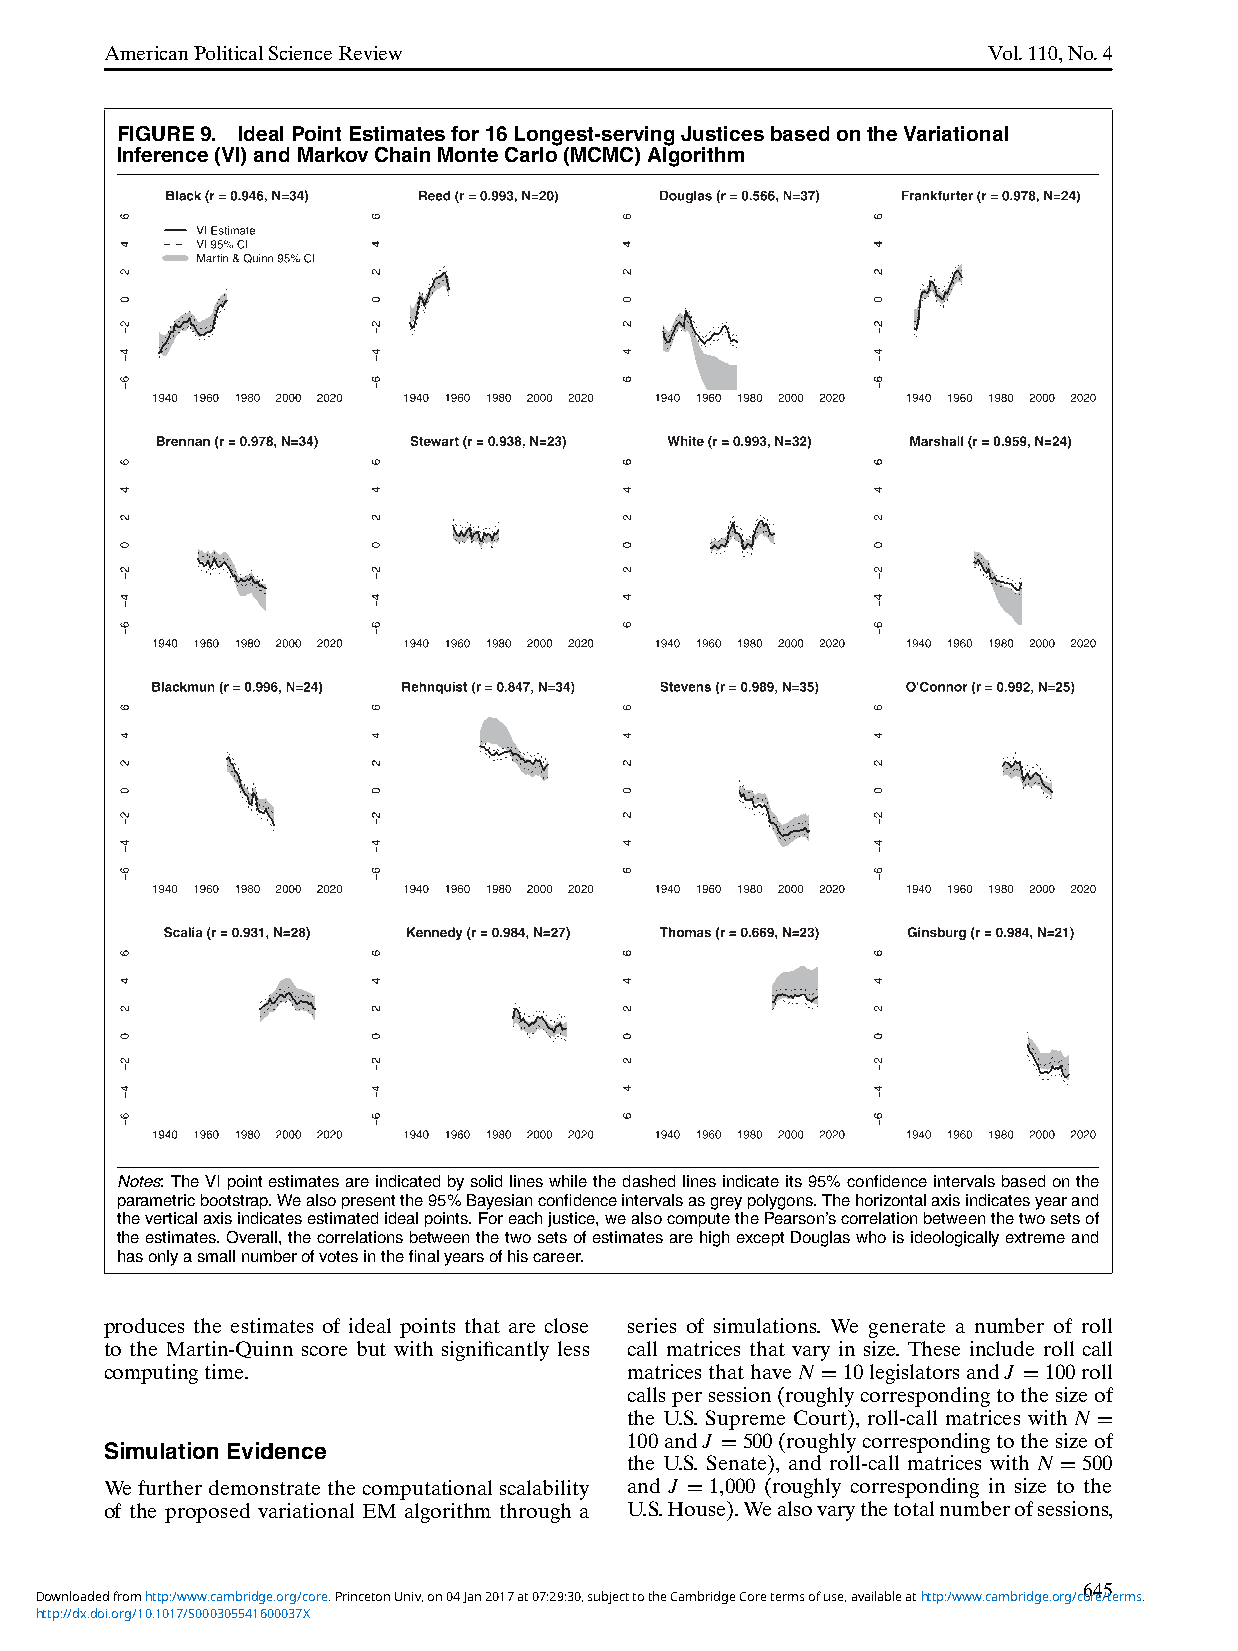
AmericanPoliticalScienceReview                            Vol.110,No.4
 FIGURE9. IdealPointEstimatesfor16Longest-servingJusticesbasedontheVariational
 Inference(VI)andMarkovChainMonteCarlo(MCMC)Algorithm
 Notes:TheVIpointestimatesareindicatedbysolidlineswhilethedashedlinesindicateits95%confidenceintervalsbasedonthe
 parametricbootstrap.Wealsopresentthe95%Bayesianconfidenceintervalsasgreypolygons.Thehorizontalaxisindicatesyearand
 theverticalaxisindicatesestimatedidealpoints.Foreachjustice,wealsocomputethePearson’scorrelationbetweenthetwosetsof
 theestimates.Overall,thecorrelationsbetweenthetwosetsofestimatesarehighexceptDouglaswhoisideologicallyextremeand
 hasonlyasmallnumberofvotesinthefinalyearsofhiscareer.
 produces the estimates of ideal points that are close series of simulations. We generate a number of roll
 to the Martin-Quinn score but with significantly less call matrices that vary in size. These include roll call
 computingtime.                    matricesthathaveN=10legislatorsandJ =100roll
 callspersession(roughlycorrespondingtothesizeof
 the U.S. Supreme Court), roll-call matrices with N=
 100andJ =500(roughlycorrespondingtothesizeof
 Simulation Evidence
 the U.S. Senate), and roll-call matrices with N=500
 Wefurtherdemonstratethecomputationalscalability and J =1,000 (roughly corresponding in size to the
 of the proposed variational EM algorithm through a U.S.House).Wealsovarythetotalnumberofsessions,
 645
 Downloaded from http:/www.cambridge.org/core. Princeton Univ, on 04 Jan 2017 at 07:29:30, subject to the Cambridge Core terms of use, available at http:/www.cambridge.org/core/terms.
 http://dx.doi.org/10.1017/S000305541600037X